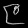
Digit: ၉